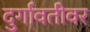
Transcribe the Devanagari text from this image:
दुर्गावतीवर